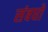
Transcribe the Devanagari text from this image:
संबधो